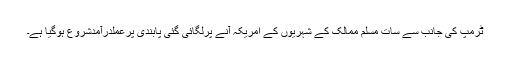
ٹرمپ کی جانب سے سات مسلم ممالک کے شہریوں کے امریکہ آنے پرلگائی گئی پابندی پرعملدرآمدشروع ہوگیا ہے۔